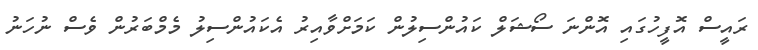
ރައީސް އޮފީހުގައި އޮންނަ ސޯޝަލް ކައުންސިލުން ކަމަށްވާއިރު އެކައުންސިލު މެމްބަރުން ވެސް ނުހަނު